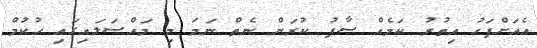
އެއަށްފަހު އިތުރު ކަމެއް ސާފު ކުރަން ނެތް ނަމަ މި މައްސަލައިގައި ހުކުމް